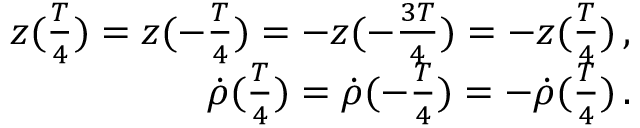
\begin{array} { r } { z ( \frac { T } { 4 } ) = z ( - \frac { T } { 4 } ) = - z ( - \frac { 3 T } { 4 } ) = - z ( \frac { T } { 4 } ) \, , } \\ { \dot { \rho } ( \frac { T } { 4 } ) = \dot { \rho } ( - \frac { T } { 4 } ) = - \dot { \rho } ( \frac { T } { 4 } ) \, . } \end{array}